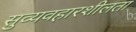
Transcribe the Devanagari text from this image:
सुव्यवहारशीलता